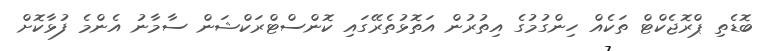
ބޮޑެތި ޕްރޮޖެކްޓް ތަކެއް ހިންގުމުގެ އިތުރުން އަތޮޅުތެރޭގައި ކޮންސްޓްރަކްޝަން ސާމާނު އެންމެ ފުޅާކޮށް